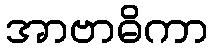
အာဗာဓိကာ